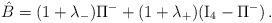
LaTeX: \begin{align*}\hat B = (1 + \lambda_-) \Pi^- + (1 + \lambda_+)({\rm I}_4- \Pi^-) \, .\end{align*}